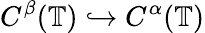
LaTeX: C^{\beta}(\mathbb{T})\hookrightarrow C^{\alpha}(\mathbb{T})